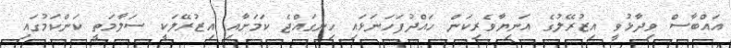
އައްބާސް ވިދާޅުވީ އިޒުރޭލުގެ އަނިޔާވެރިކަން ހައްދުފަހަނަޅައި ހިނގައްޖެ ކަމަށާއި އިޒުރޭލަކީ ސަލާމަތީ ކަންކަމުގައި